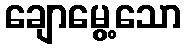
ချောမွေ့သော